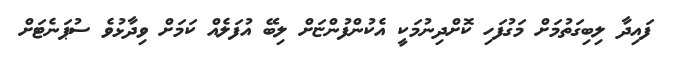
ފައިދާ ލިބިގަތުމަށް މަގުފަހި ކޮށްދިނުމަކީ އެކުންފުންޏަށް ލިބޭ އުފަލެއް ކަމަށް ވިދާޅުވެ ސުޕަނެޓަށް